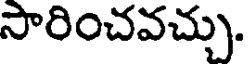
సారించవచ్చు.